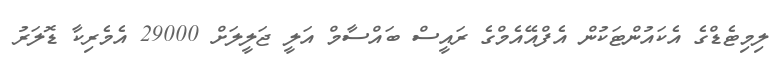
ލިމިޓެޑްގެ އެކައުންޓަކުން އެފްއޭއެމްގެ ރައީސް ބައްސާމް އަލީ ޖަލީލަށް 29000 އެމެރިކާ ޑޮލަރު